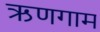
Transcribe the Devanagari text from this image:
ऋणगाम